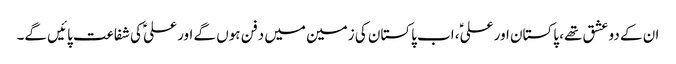
ان کے دو عشق تھے، پاکستان اور علیؑ، اب پاکستان کی زمین میں دفن ہوں گے اور علیؑ کی شفاعت پائیں گے۔